Civil Veterinary Dept. North-West Frontier Province 1933-46 - 1933-1946
Year: 1933
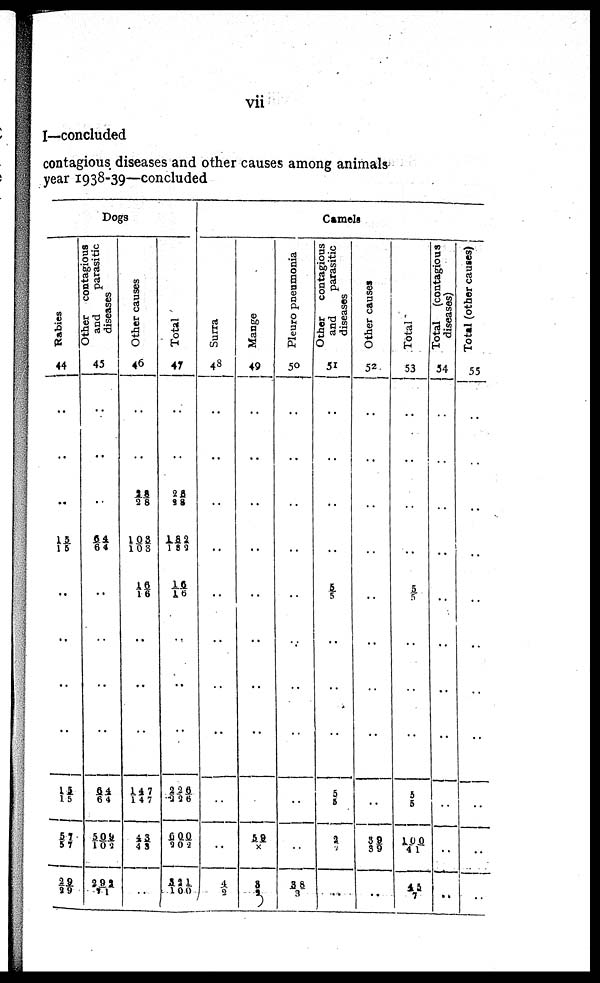
vii
I—concluded
contagious diseases and other causes among animals
year 1938-39—concluded
Dogs
Rabies
44
..
..
..
15/15
..
..
..
..
15/ 15
57/ 57
29/29
Other contagious
and
parasitic
diseases
45
.. ..
..
64/64
..
..
..
64/64
509/102
292/71
Other causes
46
..
..
28/28
103/103
16/16
..
..
..
147/147
43/43
..
Total
47
..
..
28/28
182/182
16/16
..
..
..
226/226
600/202
321/100
Surra
48
..
..
..
..
..
..
..
..
4/2
Mange
49
..
..
..
..
..
..
..
59/X
3/2
Pleuro pneumonia
50
..
..
..
..
..
..
..
..
38/3
Camels
Other
contagious
and
parasitic
diseases
51
..
..
..
5/5
..
..
..
5/5
2/2
..
Other causes
52
..
..
..
..
..
..
..
39/ 39
..
Total
53
..
..
..
..
5/5
..
..
..
5/ 5
100/41
45/7
Total (contagious
diseases)
54
..
..
..
..
..
..
..
..
..
..
Total (other causes)
55
..
..
..
..
..
..
..
..
..
..